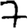
Digit: 7